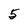
Character: 5